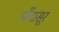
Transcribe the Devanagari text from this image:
औंदासूर